Vaccination in Burma 1889-1999 - 1889-1999
Year: 1889
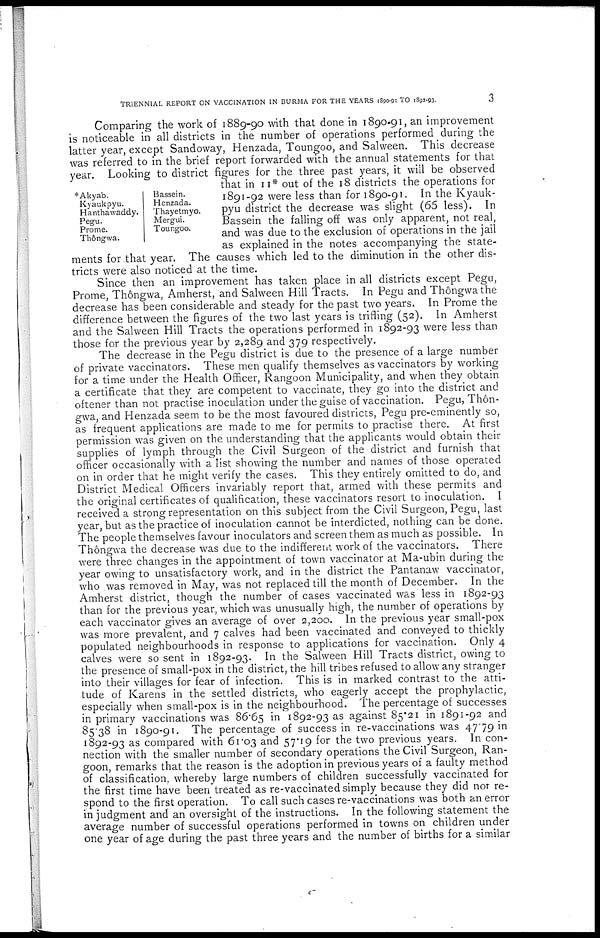
TRIENNIAL REPORT ON VACCINATION IN BURMA FOR THE YEARS 1890-91 TO 1892-93.
3
*Akyab.
Kyaukpyu.
Hanthawaddy.
Pegu.
Prome.
Thôngwa.
Bassein.
Henzada.
Thayetmyo.
Mergui.
Toungoo.
Comparing the work of 1889-90 with that done in 1890-91, an improvement
is noticeable in all districts in the number of operations performed during the
latter year, except Sandoway, Henzada, Toungoo, and Salween. This decrease
was referred to in the brief report forwarded with the annual statements for that
year. Looking to district figures for the three past years, it will be observed
that in 11* out of the 18 districts the operations for
1891-92 were less than for 1890-91. In the Kyauk-
pyu district the decrease was slight (65 less). In
Bassein the falling off was only apparent, not real,
and was due to the exclusion of operations in the jail
as explained in the notes accompanying the state-
ments for that year. The causes which led to the diminution in the other dis-
tricts were also noticed at the time.
Since then an improvement has taken place in all districts except Pegu,
Prome, Thôngwa, Amherst, and Salween Hill Tracts. In Pegu and Thôngwa the
decrease has been considerable and steady for the past two years. In Prome the
difference between the figures of the two last years is trifling (52). In Amherst
and the Salween Hill Tracts the operations performed in 1892-93 were less than
those for the previous year by 2,289 and 379 respectively.
The decrease in the Pegu district is due to the presence of a large number
of private vaccinators. These men qualify themselves as vaccinators by working
for a time under the Health Officer, Rangoon Municipality, and when they obtain
a certificate that they are competent to vaccinate, they go into the district and
oftener than not practise inoculation under the guise of vaccination. Pegu, Thôn-
gwa, and Henzada seem to be the most favoured districts, Pegu pre-eminently so,
as frequent applications are made to me for permits to practise there. At first
permission was given on the understanding that the applicants would obtain their
supplies of lymph through the Civil Surgeon of the district and furnish that
officer occasionally with a list showing the number and names of those operated
on in order that he might verify the cases. This they entirely omitted to do, and
District Medical Officers invariably report that, armed with these permits and
the original certificates of qualification, these vaccinators resort to inoculation. I
received a strong representation on this subject from the Civil Surgeon, Pegu, last
year, but as the practice of inoculation cannot be interdicted, nothing can be done.
The people themselves favour inoculators and screen them as much as possible. In
Thôngwa the decrease was due to the indifferent work of the vaccinators. There
were three changes in the appointment of town vaccinator at Ma-ubin during the
year owing to unsatisfactory work, and in the district the Pantanaw vaccinator,
who was removed in May, was not replaced till the month of December. In the
Amherst district, though the number of cases vaccinated was less in 1892-93
than for the previous year, which was unusually high, the number of operations by
each vaccinator gives an average of over 2,200. In the previous year small-pox
was more prevalent, and 7 calves had been vaccinated and conveyed to thickly
populated neighbourhoods in response to applications for vaccination. Only 4
calves were so sent in 1892-93. In the Salween Hill Tracts district, owing to
the presence of small-pox in the district, the hill tribes refused to allow any stranger
into their villages for fear of infection. This is in marked contrast to the atti-
tude of Karens in the settled districts, who eagerly accept the prophylactic,
especially when small-pox is in the neighbourhood. The percentage of successes
in primary vaccinations was 86.65 in 1892-93 as against 85.21 in 1891-92 and
85.38 in 1890-91. The percentage of success in re-vaccinations was 47.79 in
1892-93 as compared with 61.03 and 57.19 for the two previous years. In con-
nection with the smaller number of secondary operations the Civil Surgeon, Ran-
goon, remarks that the reason is the adoption in previous years of a faulty method
of classification, whereby large numbers of children successfully vaccinated for
the first time have been treated as re-vaccinated simply because they did not re-
spond to the first operation. To call such cases re-vaccinations was both an error
in judgment and an oversight of the instructions. In the following statement the
average number of successful operations performed in towns on children under
one year of age during the past three years and the number of births for a similar